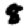
Digit: 8